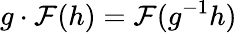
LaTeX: g\cdot\mathcal{F}(h)=\mathcal{F}(g^{-1}h)